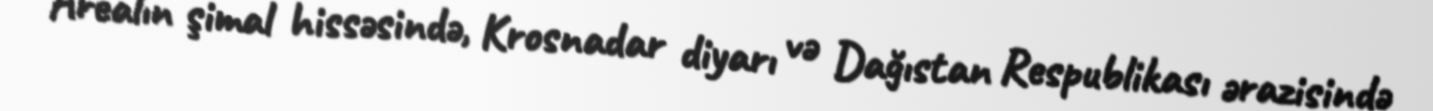
Arealın şimal hissəsində, Krosnadar diyarı və Dağıstan Respublikası ərazisində